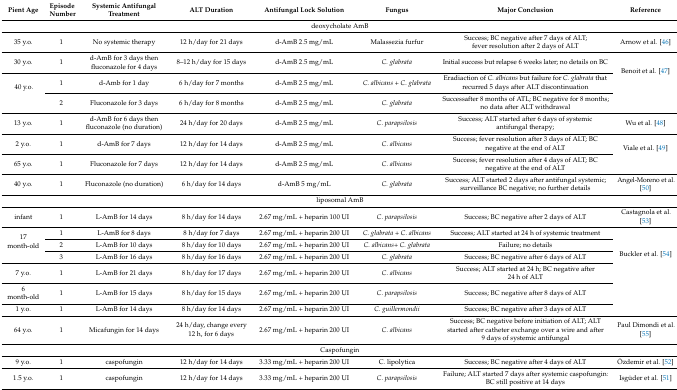
<table><thead><tr><td><b>Pient Age</b></td><td><b>Episode Number</b></td><td><b>Systemic Antifungal Treatment</b></td><td><b>ALT Duration</b></td><td><b>Antifungal Lock Solution</b></td><td><b>Fungus</b></td><td><b>Major Conclusion</b></td><td><b>Reference</b></td></tr></thead><tbody><tr><td colspan="8">deoxycholate AmB</td></tr><tr><td>35 y.o.</td><td>1</td><td>No systemic therapy</td><td>12 h/day for 21 days</td><td>d-AmB 2.5 mg/mL</td><td>Malassezia furfur</td><td>Success; BC negative after 7 days of ALT; fever resolution after 2 days of ALT</td><td>Arnow et al. [46]</td></tr><tr><td>30 y.o.</td><td>1</td><td>d-AmB for 3 days then fluconazole for 4 days</td><td>8–12 h/day for 15 days</td><td>d-AmB 2.5 mg/mL</td><td><i>C. glabrata</i></td><td>Initial success but relapse 6 weeks later; no details on BC</td><td rowspan="3">Benoit et al. [47]</td></tr><tr><td rowspan="2">40 y.o.</td><td>1</td><td>d-Amb for 1 day</td><td>6 h/day for 7 months</td><td>d-AmB 2.5 mg/mL</td><td><i>C. albicans</i> + <i>C. glabrata</i></td><td>Eradiaction of <i>C. albicans</i> but failure for <i>C. glabrata</i> that recurred 5 days after ALT discontinuation</td></tr><tr><td>2</td><td>Fluconazole for 3 days</td><td>6 h/day for 8 months</td><td>d-AmB 2.5 mg/mL</td><td><i>C. glabrata</i></td><td>Successafter 8 months of ATL; BC negative for 8 months; no data after ALT withdrawal</td></tr><tr><td>13 y.o.</td><td>1</td><td>d-AmB for 6 days then fluconazole (no duration)</td><td>24 h/day for 20 days</td><td>d-AmB 2.5 mg/mL</td><td><i>C. parapsilosis</i></td><td>Success; ALT started after 6 days of systemic antifungal therapy;</td><td>Wu et al. [48]</td></tr><tr><td>2 y.o.</td><td>1</td><td>d-AmB for 7 days</td><td>12 h/day for 14 days</td><td>d-AmB 2.5 mg/mL</td><td><i>C. albicans</i></td><td>Success; fever resolution after 3 days of ALT; BC negative at the end of ALT</td><td rowspan="2">Viale et al. [49]</td></tr><tr><td>65 y.o.</td><td>1</td><td>Fluconazole for 7 days</td><td>12 h/day for 14 days</td><td>d-AmB 2.5 mg/mL</td><td><i>C. albicans</i></td><td>Success; fever resolution after 4 days of ALT; BC negative at the end of ALT</td></tr><tr><td>40 y.o.</td><td>1</td><td>Fluconazole (no duration)</td><td>6 h/day for 14 days</td><td>d-AmB 5 mg/mL</td><td><i>C. glabrata</i></td><td>Success; ALT started 2 days after antifungal systemic; surveillance BC negative; no further details</td><td>Angel-Moreno et al. [50]</td></tr><tr><td colspan="8">liposomal AmB</td></tr><tr><td>infant</td><td>1</td><td>L-AmB for 14 days</td><td>8 h/day for 14 days</td><td>2.67 mg/mL + heparin 100 UI</td><td><i>C. parapsilosis</i></td><td>Success; BC negative after 2 days of ALT</td><td>Castagnola et al. [53]</td></tr><tr><td rowspan="3">17 month-old</td><td>1</td><td>L-AmB for 8 days</td><td>8 h/day for 7 days</td><td>2.67 mg/mL + heparin 200 UI</td><td><i>C. glabrata</i> + <i>C. albicans</i></td><td>Success; ALT started at 24 h of systemic treatment</td><td rowspan="6">Buckler et al. [54]</td></tr><tr><td>2</td><td>L-AmB for 10 days</td><td>8 h/day for 10 days</td><td>2.67 mg/mL + heparin 200 UI</td><td><i>C. albicans</i>+ <i>C. glabrata</i></td><td>Failure; no details</td></tr><tr><td>3</td><td>L-AmB for 16 days</td><td>8 h/day for 16 days</td><td>2.67 mg/mL + heparin 200 UI</td><td><i>C. glabrata</i></td><td>Success; BC negative after 6 days of ALT</td></tr><tr><td>7 y.o.</td><td>1</td><td>L-AmB for 21 days</td><td>8 h/day for 17 days</td><td>2.67 mg/mL + heparin 200 UI</td><td><i>C. albicans</i></td><td>Success; ALT started at 24 h; BC negative after 24 h of ALT</td></tr><tr><td>6 month-old</td><td>1</td><td>L-AmB for 15 days</td><td>8 h/day for 15 days</td><td>2.67 mg/mL + heparin 200 UI</td><td><i>C. parapsilosis</i></td><td>Success; BC negative after 8 days of ALT</td></tr><tr><td>1 y.o.</td><td>1</td><td>L-AmB for 14 days</td><td>8 h/day for 14 days</td><td>2.67 mg/mL + heparin 200 UI</td><td><i>C. guillermondii</i></td><td>Success; BC negative after 3 days of ALT</td></tr><tr><td>64 y.o.</td><td>1</td><td>Micafungin for 14 days</td><td>24 h/day, change every 12 h, for 6 days</td><td>2.67 mg/mL + heparin 200 UI</td><td><i>C. albicans</i></td><td>Success; BC negative before initiation of ALT; ALT started after catheter exchange over a wire and after 9 days of systemic antifungal</td><td>Paul Dimondi et al. [55] </td></tr><tr><td colspan="8">Caspofungin</td></tr><tr><td>9 y.o.</td><td>1</td><td>caspofungin</td><td>12 h/day for 14 days</td><td>3.33 mg/mL + heparin 200 UI</td><td>C. lipolytica</td><td>Success; BC negative after 4 days of ALT</td><td>Özdemir et al. [52]</td></tr><tr><td>1.5 y.o.</td><td>1</td><td>caspofungin</td><td>12 h/day for 14 days</td><td>3.33 mg/mL + heparin 200 UI</td><td><i>C. parapsilosis</i></td><td>Failure; ALT started 7 days after systemic caspofungin: BC still positive at 14 days</td><td>Isgüder et al. [51]</td></tr></tbody></table>